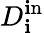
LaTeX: D_{\mathbf{i}}^{\mathrm{{\mathbf{i}n}}}